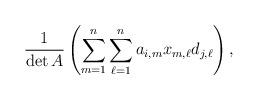
LaTeX: \begin{align*}\frac{1}{\det A} \left( \sum_{m = 1}^n\sum_{\ell = 1}^n a_{i,m}x_{m,\ell}d_{j,\ell}\right),\end{align*}